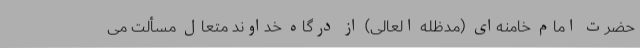
حضرت امام خامنه‌ای (مدظله العالی) از درگاه خداوند متعال مسألت می‌